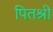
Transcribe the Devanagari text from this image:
पितश्री